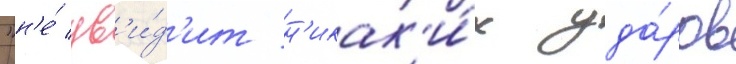
"н'е́ ув'и́д'ит н'икак'и́х уда́ров